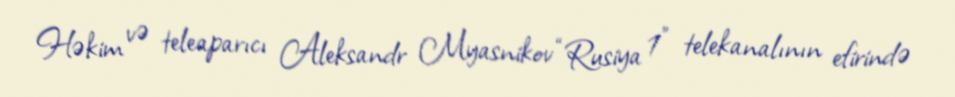
Həkim və teleaparıcı Aleksandr Myasnikov “Rusiya 1” telekanalının efirində